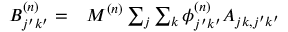
\begin{array} { r l } { B _ { j ^ { \prime } k ^ { \prime } } ^ { ( n ) } = } & { { } M ^ { ( n ) } \sum _ { j } \sum _ { k } \phi _ { j ^ { \prime } k ^ { \prime } } ^ { ( n ) } A _ { j k , j ^ { \prime } k ^ { \prime } } } \end{array}